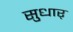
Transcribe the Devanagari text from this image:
सुधार्